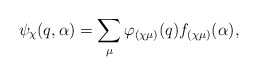
\begin{align*}\psi_{\chi}(q,\alpha) = \sum_{\mu} \varphi_{(\chi \mu)}(q) f_{(\chi \mu)}(\alpha), \end{align*}